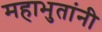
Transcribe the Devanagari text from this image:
महाभुतांनी